Annual vaccination report of Bihar and Orissa - 1911-1928
Year: 1911
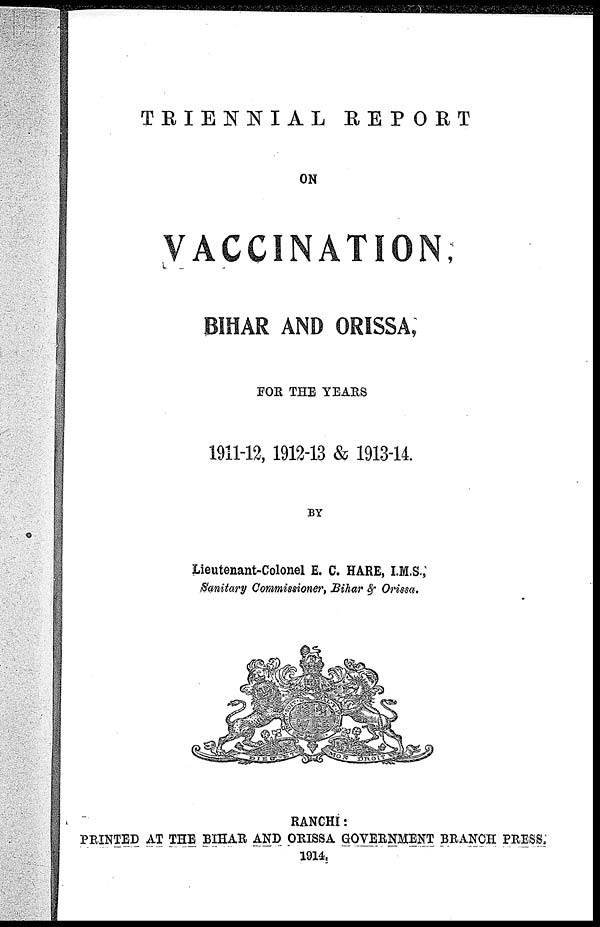
TRIENNIAL
REPORT
ON
VACCINATION,
BIHAR AND ORISSA,
FOR THE YEARS
1911-12, 1912-13 & 1913-14.
BY
Lieutenant-Colonel E. C. HARE, I.M.S.,
Sanitary Commissioner, Bihar & Orissa.
RANCHI:
PRINTED AT THE BIHAR AND ORISSA GOVERNMENT BRANCH PRESS.
1914.